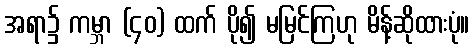
အရာ၌ ကမ္ဘာ (၄၀) ထက် ပို၍ မမြင်ကြဟု မိန့်ဆိုထားပုံ။